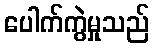
ပေါက်ကွဲမှုသည်